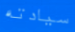
سيادته